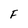
Character: F